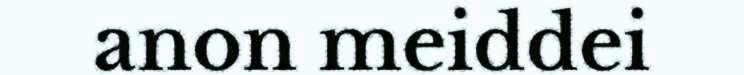
anon meiddei